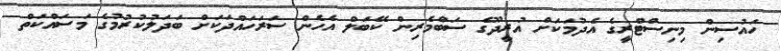
ހައުސިން މިނިސްޓްރީގެ އެދުމަކަށް އުރީދޫގެ ސަބްމެރިން ކޭބަލް އެހެން ސަރަހައްދަކަށް ބަދަލުކުރުމުގެ މަސައްކަތް